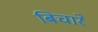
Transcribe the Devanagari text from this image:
बिचारे